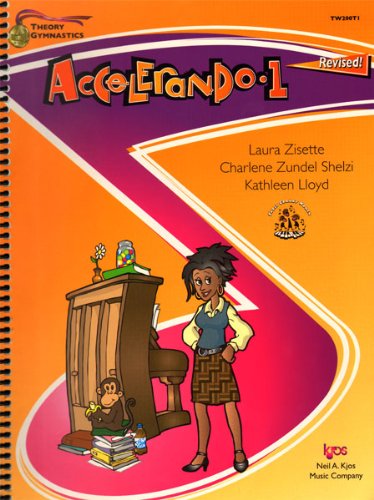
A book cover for TW200T1 - Theory Gymnastics - Accelerando 1 Level A Revised; Laura Zisette; Sports & Outdoors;